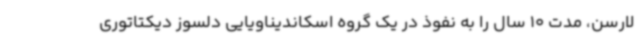
لارسن، مدت 10 سال را به نفوذ در یک گروه اسکاندیناویایی دلسوز دیکتاتوری